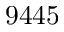
9 4 4 5